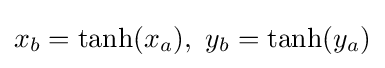
x_{b}=\tanh(x_{a}),\ y_{b}=\tanh(y_{a})